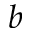
^ b